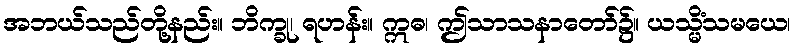
အဘယ်သည်တို့နည်း။ ဘိက္ခု၊ ရဟန်း။ ဣဓ၊ ဤသာသနာတော်၌။ ယသ္မိံသမယေ၊